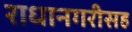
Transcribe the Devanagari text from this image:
राधानगरीसह